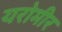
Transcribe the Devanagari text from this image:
यरोमीर